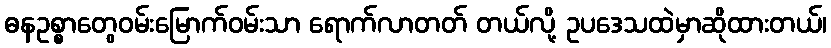
ဓနဥစ္စာတွေဝမ်းမြောက်ဝမ်းသာ ရောက်လာတတ် တယ်လို့ ဥပဒေသထဲမှာဆိုထားတယ်၊